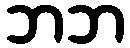
ဘဘ